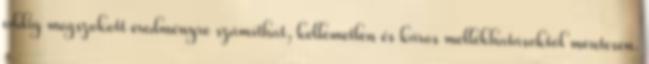
eddig megszokott eredményre számíthat, kellemetlen és káros mellékhatásoktól mentesen.